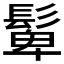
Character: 𩭧